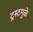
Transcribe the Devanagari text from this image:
ट्रस्टमुळे